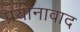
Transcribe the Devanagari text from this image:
प्रयोनावाद